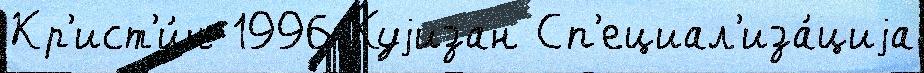
Кр'ист'и́н 1996 Куjизан Сп'ециал'иза́циjа